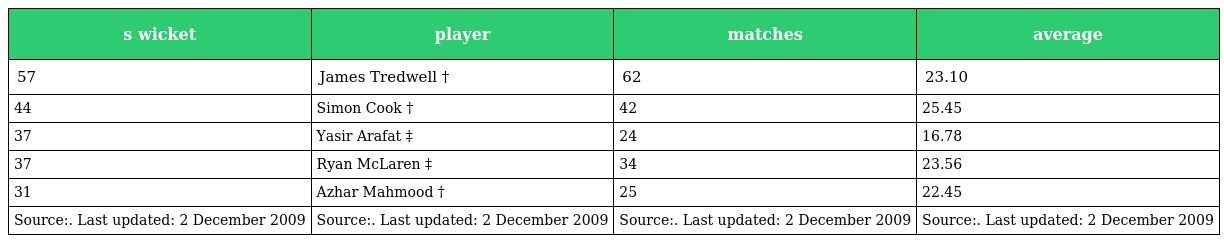
| s wicket | player | matches | average |
 | --- | --- | --- | --- |
 | 57 | James Tredwell † | 62 | 23.10 |
 | 44 | Simon Cook † | 42 | 25.45 |
 | 37 | Yasir Arafat ‡ | 24 | 16.78 |
 | 37 | Ryan McLaren ‡ | 34 | 23.56 |
 | 31 | Azhar Mahmood † | 25 | 22.45 |
 | Source:. Last updated: 2 December 2009 | Source:. Last updated: 2 December 2009 | Source:. Last updated: 2 December 2009 | Source:. Last updated: 2 December 2009 |